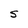
Character: S